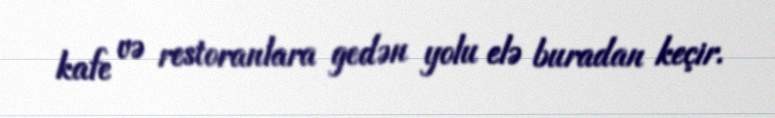
kafe və restoranlara gedən yolu elə buradan keçir.